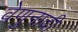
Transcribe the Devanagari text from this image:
वेणुनादीं